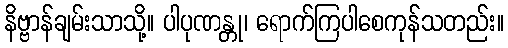
နိဗ္ဗာန်ချမ်းသာသို့။ ပါပုဏန္တု၊ ရောက်ကြပါစေကုန်သတည်း။